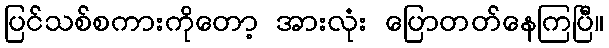
ပြင်သစ်စကားကိုတော့ အားလုံး ပြောတတ်နေကြပြီ။